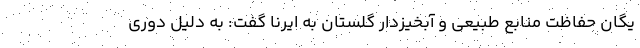
یگان حفاظت منابع طبیعی و آبخیزدار گلستان به ایرنا گفت: به دلیل دوری